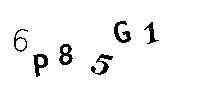
6P85G1